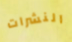
النشرات